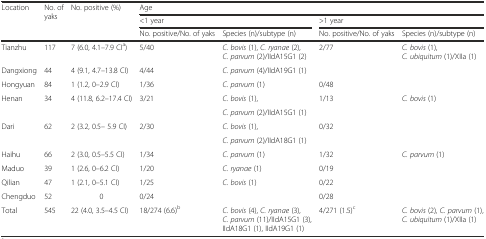
<table><thead><tr><td rowspan="3"><b>Location</b></td><td rowspan="3"><b>No. of yaks</b></td><td rowspan="3"><b>No. positive (%)</b></td><td colspan="4"><b>Age</b></td></tr><tr><td colspan="2"><b>&lt;1 year</b></td><td colspan="2"><b>&gt;1 year</b></td></tr><tr><td><b>No. positive/No. of yaks</b></td><td><b>Species (n)/subtype (n)</b></td><td><b>No. positive/No. of yaks</b></td><td><b>Species (n)/subtype (n)</b></td></tr></thead><tbody><tr><td>Tianzhu</td><td>117</td><td>7 (6.0, 4.1–7.9 CI<sup>a</sup>)</td><td>5/40</td><td><i>C. bovis</i> (1), <i>C. ryanae</i> (2), <i>C. parvum</i> (2)/IIdA15G1 (2)</td><td>2/77</td><td><i>C. bovis</i> (1), <i>C. ubiquitum</i> (1)/XIIa (1)</td></tr><tr><td>Dangxiong</td><td>44</td><td>4 (9.1, 4.7–13.8 CI)</td><td>4/44</td><td><i>C. parvum</i> (4)/IIdA19G1 (1)</td><td></td><td></td></tr><tr><td>Hongyuan</td><td>84</td><td>1 (1.2, 0–2.9 CI)</td><td>1/36</td><td><i>C. parvum</i> (1)</td><td>0/48</td><td></td></tr><tr><td rowspan="2">Henan</td><td rowspan="2">34</td><td rowspan="2">4 (11.8, 6.2–17.4 CI)</td><td rowspan="2">3/21</td><td><i>C. bovis</i> (1),</td><td rowspan="2">1/13</td><td rowspan="2"><i>C. bovis</i> (1)</td></tr><tr><td><i>C. parvum</i> (2)/IIdA15G1 (1)</td></tr><tr><td rowspan="2">Dari</td><td rowspan="2">62</td><td rowspan="2">2 (3.2, 0.5– 5.9 CI)</td><td rowspan="2">2/30</td><td><i>C. bovis</i> (1),</td><td rowspan="2">0/32</td><td rowspan="2"></td></tr><tr><td><i>C. parvum</i> (2)/IIdA18G1 (1)</td></tr><tr><td>Haihu</td><td>66</td><td>2 (3.0, 0.5–5.5 CI)</td><td>1/34</td><td><i>C. parvum</i> (1)</td><td>1/32</td><td><i>C. parvum</i> (1)</td></tr><tr><td>Maduo</td><td>39</td><td>1 (2.6, 0–6.2 CI)</td><td>1/20</td><td><i>C. ryanae</i> (1)</td><td>0/19</td><td></td></tr><tr><td>Qilian</td><td>47</td><td>1 (2.1, 0–5.1 CI)</td><td>1/25</td><td><i>C. bovis</i> (1)</td><td>0/22</td><td></td></tr><tr><td>Chengduo</td><td>52</td><td>0</td><td>0/24</td><td></td><td>0/28</td><td></td></tr><tr><td>Total</td><td>545</td><td>22 (4.0, 3.5–4.5 CI)</td><td>18/274 (6.6)<sup>b</sup></td><td><i>C. bovis</i> (4), <i>C. ryanae</i> (3), <i>C. parvum</i> (11)/IIdA15G1 (3), IIdA18G1 (1), IIdA19G1 (1)</td><td>4/271 (1.5)<sup>c</sup></td><td><i>C. bovis</i> (2)<i>, C. parvum</i> (1), <i>C. ubiquitum</i> (1)/XIIa (1)</td></tr></tbody></table>